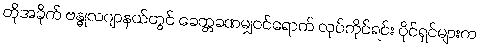
ထိုအခိုက် ဗန္ဓုလဂျာနယ်တွင် ခေတ္တခဏမျှဝင်ရောက် လုပ်ကိုင်ရင်း ပိုင်ရှင်များက